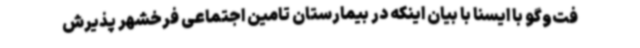
فت‌وگو با ایسنا با بیان اینکه در بیمارستان تامین اجتماعی فرخشهر پذیرش